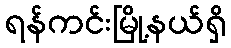
ရန်ကင်းမြို့နယ်ရှိ